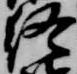
終